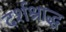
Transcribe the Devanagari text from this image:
दर्शश्राद्ध